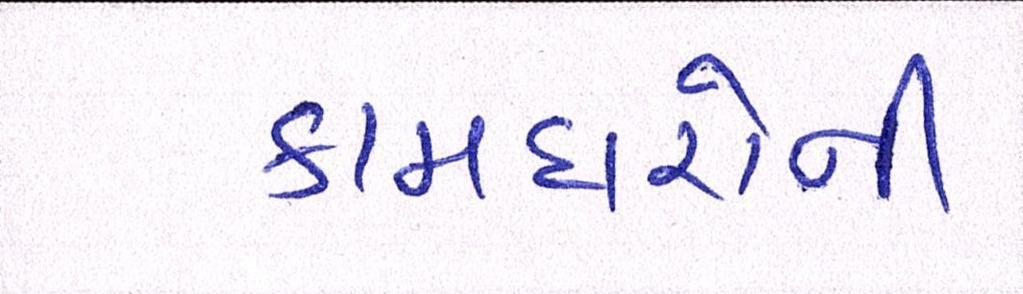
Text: કામદારોની